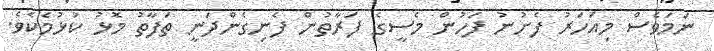
ނަމަވެސް މިއަހަރު ފެށުނު ފަހުން މެސީގެ ފަރާތުން ފެނިގެންދަނީ ތަފާތު މޮޅު ކުޅުމެކެވެ.